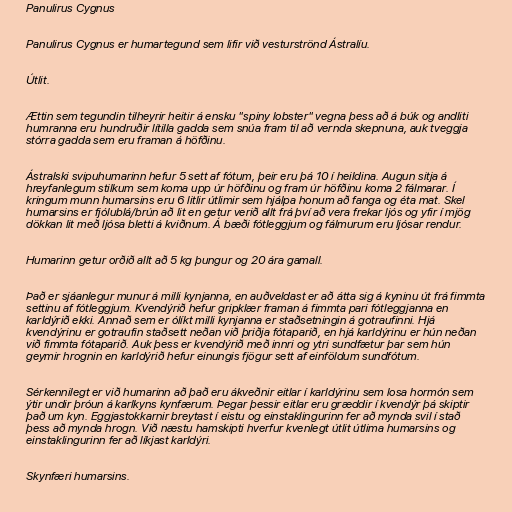
Panulirus Cygnus

Panulirus Cygnus er humartegund sem lifir við vesturströnd Ástralíu.

Útlit.

Ættin sem tegundin tilheyrir heitir á ensku "spiny lobster" vegna þess að á búk og andliti
humranna eru hundruðir lítilla gadda sem snúa fram til að vernda skepnuna, auk tveggja
stórra gadda sem eru framan á höfðinu.

Ástralski svipuhumarinn hefur 5 sett af fótum, þeir eru þá 10 í heildina. Augun sitja á
hreyfanlegum stilkum sem koma upp úr höfðinu og fram úr höfðinu koma 2 fálmarar. Í
kringum munn humarsins eru 6 litlir útlimir sem hjálpa honum að fanga og éta mat. Skel
humarsins er fjólublá/brún að lit en getur verið allt frá því að vera frekar ljós og yfir í mjög
dökkan lit með ljósa bletti á kviðnum. Á bæði fótleggjum og fálmurum eru ljósar rendur.

Humarinn getur orðið allt að 5 kg þungur og 20 ára gamall.

Það er sjáanlegur munur á milli kynjanna, en auðveldast er að átta sig á kyninu út frá fimmta
settinu af fótleggjum. Kvendýrið hefur gripklær framan á fimmta pari fótleggjanna en
karldýrið ekki. Annað sem er ólíkt milli kynjanna er staðsetningin á gotraufinni. Hjá
kvendýrinu er gotraufin staðsett neðan við þriðja fótaparið, en hjá karldýrinu er hún neðan
við fimmta fótaparið. Auk þess er kvendýrið með innri og ytri sundfætur þar sem hún
geymir hrognin en karldýrið hefur einungis fjögur sett af einföldum sundfótum.

Sérkennilegt er við humarinn að það eru ákveðnir eitlar í karldýrinu sem losa hormón sem
ýtir undir þróun á karlkyns kynfærum. Þegar þessir eitlar eru græddir í kvendýr þá skiptir
það um kyn. Eggjastokkarnir breytast í eistu og einstaklingurinn fer að mynda svil í stað
þess að mynda hrogn. Við næstu hamskipti hverfur kvenlegt útlit útlima humarsins og
einstaklingurinn fer að líkjast karldýri.

Skynfæri humarsins.